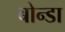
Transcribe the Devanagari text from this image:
बोन्डा